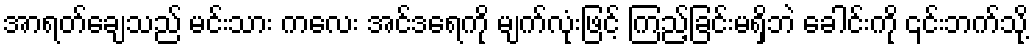
အာရတ်ချေသည် မင်းသား ကလေး အင်ဒရေကို မျက်လုံးဖြင့် ကြည့်ခြင်းမရှိဘဲ ခေါင်းကို ၎င်းဘက်သို့